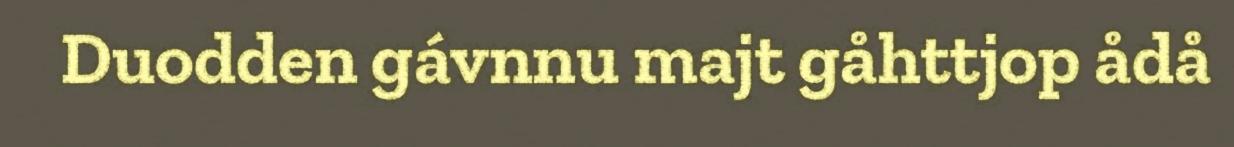
Duodden gávnnu majt gåhttjop ådå